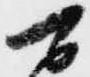
可